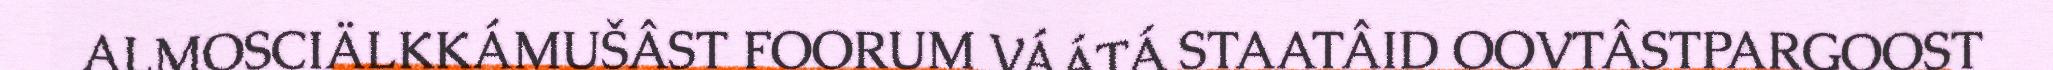
ALMOSCIÄLKKÁMUŠÂST FOORUM VÁÁTÁ STAATÂID OOVTÂSTPARGOOST